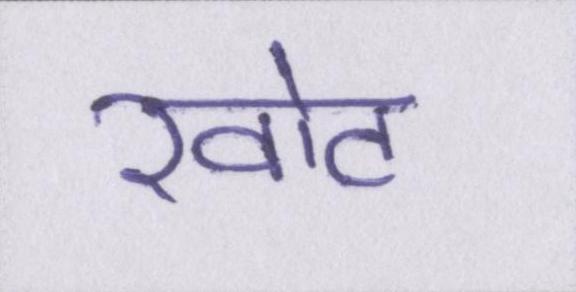
खोट